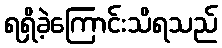
ရရှိခဲ့ကြောင်းသိရသည်